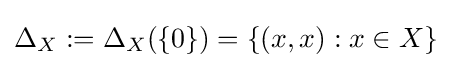
\Delta _{X}:=\Delta _{X}(\{0\})=\{(x,x):x\in X\}